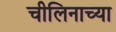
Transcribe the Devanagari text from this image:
चीलिनाच्या